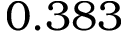
0 . 3 8 3